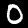
Digit: 0